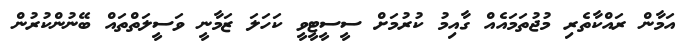
އަމާން ރައްކާތެރި މުޖުތަމައެއް ގާއިމު ކުރުމަށް ސީސީޓީވީ ކަހަލަ ޒަމާނީ ވަސީލަތްތައް ބޭނުންކުރުން